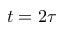
t = 2 \tau